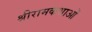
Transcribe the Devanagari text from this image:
श्रीरामकथाओं